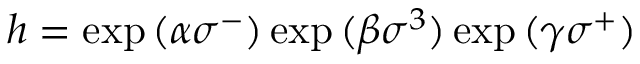
h = \exp { ( \alpha \sigma ^ { - } ) } \exp { ( \beta \sigma ^ { 3 } ) } \exp { ( \gamma \sigma ^ { + } ) }